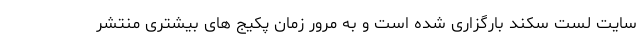
سایت لست سکند بارگزاری شده است و به مرور زمان پکیج های بیشتری منتشر